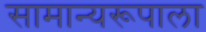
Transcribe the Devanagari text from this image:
सामान्यरूपाला